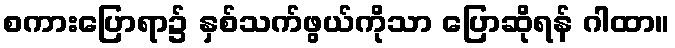
စကားပြောရာ၌ နှစ်သက်ဖွယ်ကိုသာ ပြောဆိုရန် ဂါထာ။